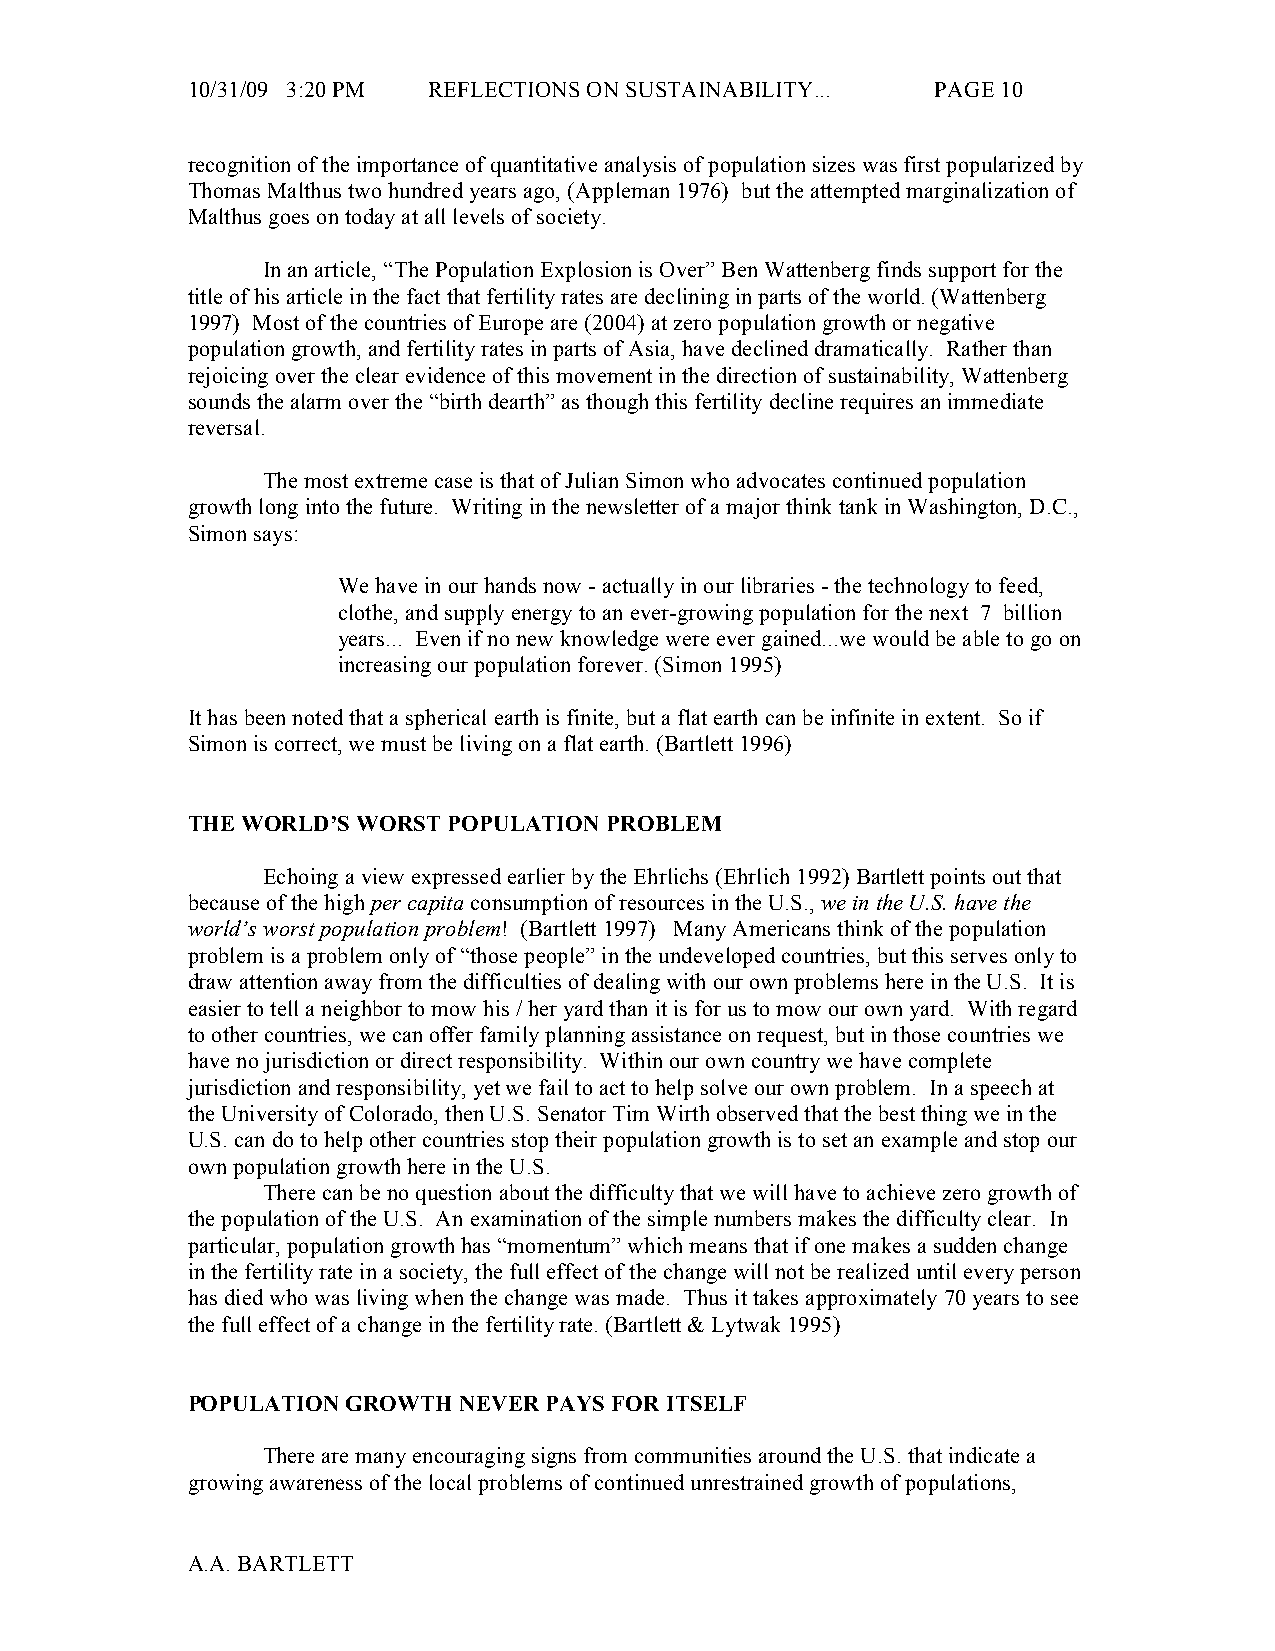
10/31/09 3:20 PM REFLECTIONS ON SUSTAINABILITY... PAGE 10
 recognition of the importance of quantitative analysis of population sizes was first popularized by
 Thomas Malthus two hundred years ago, (Appleman 1976) but the attempted marginalization of
 Malthus goes on today at all levels of society.
 In an article, “The Population Explosion is Over” Ben Wattenberg finds support for the
 title of his article in the fact that fertility rates are declining in parts of the world. (Wattenberg
 1997) Most of the countries of Europe are (2004) at zero population growth or negative
 population growth, and fertility rates in parts of Asia, have declined dramatically. Rather than
 rejoicing over the clear evidence of this movement in the direction of sustainability, Wattenberg
 sounds the alarm over the “birth dearth” as though this fertility decline requires an immediate
 reversal.
 The most extreme case is that of Julian Simon who advocates continued population
 growth long into the future. Writing in the newsletter of a major think tank in Washington, D.C.,
 Simon says:
 We have in our hands now - actually in our libraries - the technology to feed,
 clothe, and supply energy to an ever-growing population for the next 7 billion
 years... Even if no new knowledge were ever gained...we would be able to go on
 increasing our population forever. (Simon 1995)
 It has been noted that a spherical earth is finite, but a flat earth can be infinite in extent. So if
 Simon is correct, we must be living on a flat earth. (Bartlett 1996)
 THE WORLD’S WORST POPULATION PROBLEM
 Echoing a view expressed earlier by the Ehrlichs (Ehrlich 1992) Bartlett points out that
 because of the high per capita consumption of resources in the U.S., we in the U.S. have the
 world’s worst population problem! (Bartlett 1997) Many Americans think of the population
 problem is a problem only of “those people” in the undeveloped countries, but this serves only to
 draw attention away from the difficulties of dealing with our own problems here in the U.S. It is
 easier to tell a neighbor to mow his / her yard than it is for us to mow our own yard. With regard
 to other countries, we can offer family planning assistance on request, but in those countries we
 have no jurisdiction or direct responsibility. Within our own country we have complete
 jurisdiction and responsibility, yet we fail to act to help solve our own problem. In a speech at
 the University of Colorado, then U.S. Senator Tim Wirth observed that the best thing we in the
 U.S. can do to help other countries stop their population growth is to set an example and stop our
 own population growth here in the U.S.
 There can be no question about the difficulty that we will have to achieve zero growth of
 the population of the U.S. An examination of the simple numbers makes the difficulty clear. In
 particular, population growth has “momentum” which means that if one makes a sudden change
 in the fertility rate in a society, the full effect of the change will not be realized until every person
 has died who was living when the change was made. Thus it takes approximately 70 years to see
 the full effect of a change in the fertility rate. (Bartlett & Lytwak 1995)
 POPULATION GROWTH NEVER PAYS FOR ITSELF
 There are many encouraging signs from communities around the U.S. that indicate a
 growing awareness of the local problems of continued unrestrained growth of populations,
 A.A. BARTLETT